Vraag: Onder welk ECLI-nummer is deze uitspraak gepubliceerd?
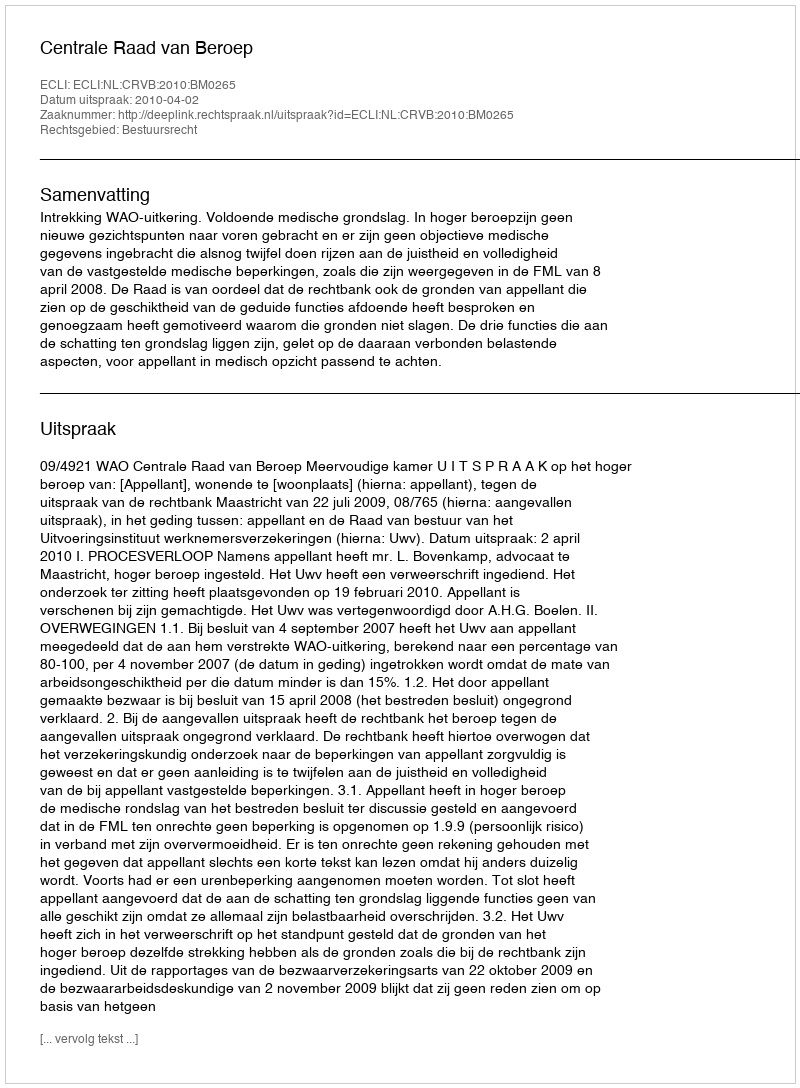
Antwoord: ECLI:NL:CRVB:2010:BM0265